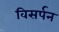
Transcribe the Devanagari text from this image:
विसर्पन